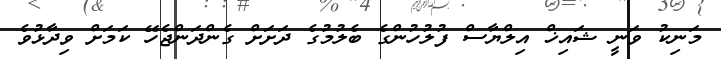
މަނިކު ވަނީ ޝައިޚް އިލްޔާސް ފުލުހުންގެ ބެލުމުގެ ދަށަށް ގެންދަންޖެހޭ ކަމަށް ވިދާޅުވެ